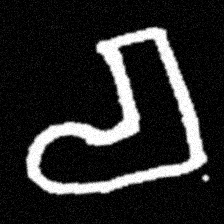
Pyu character \u2014 Myanmar letter: စ (romanized: ca)